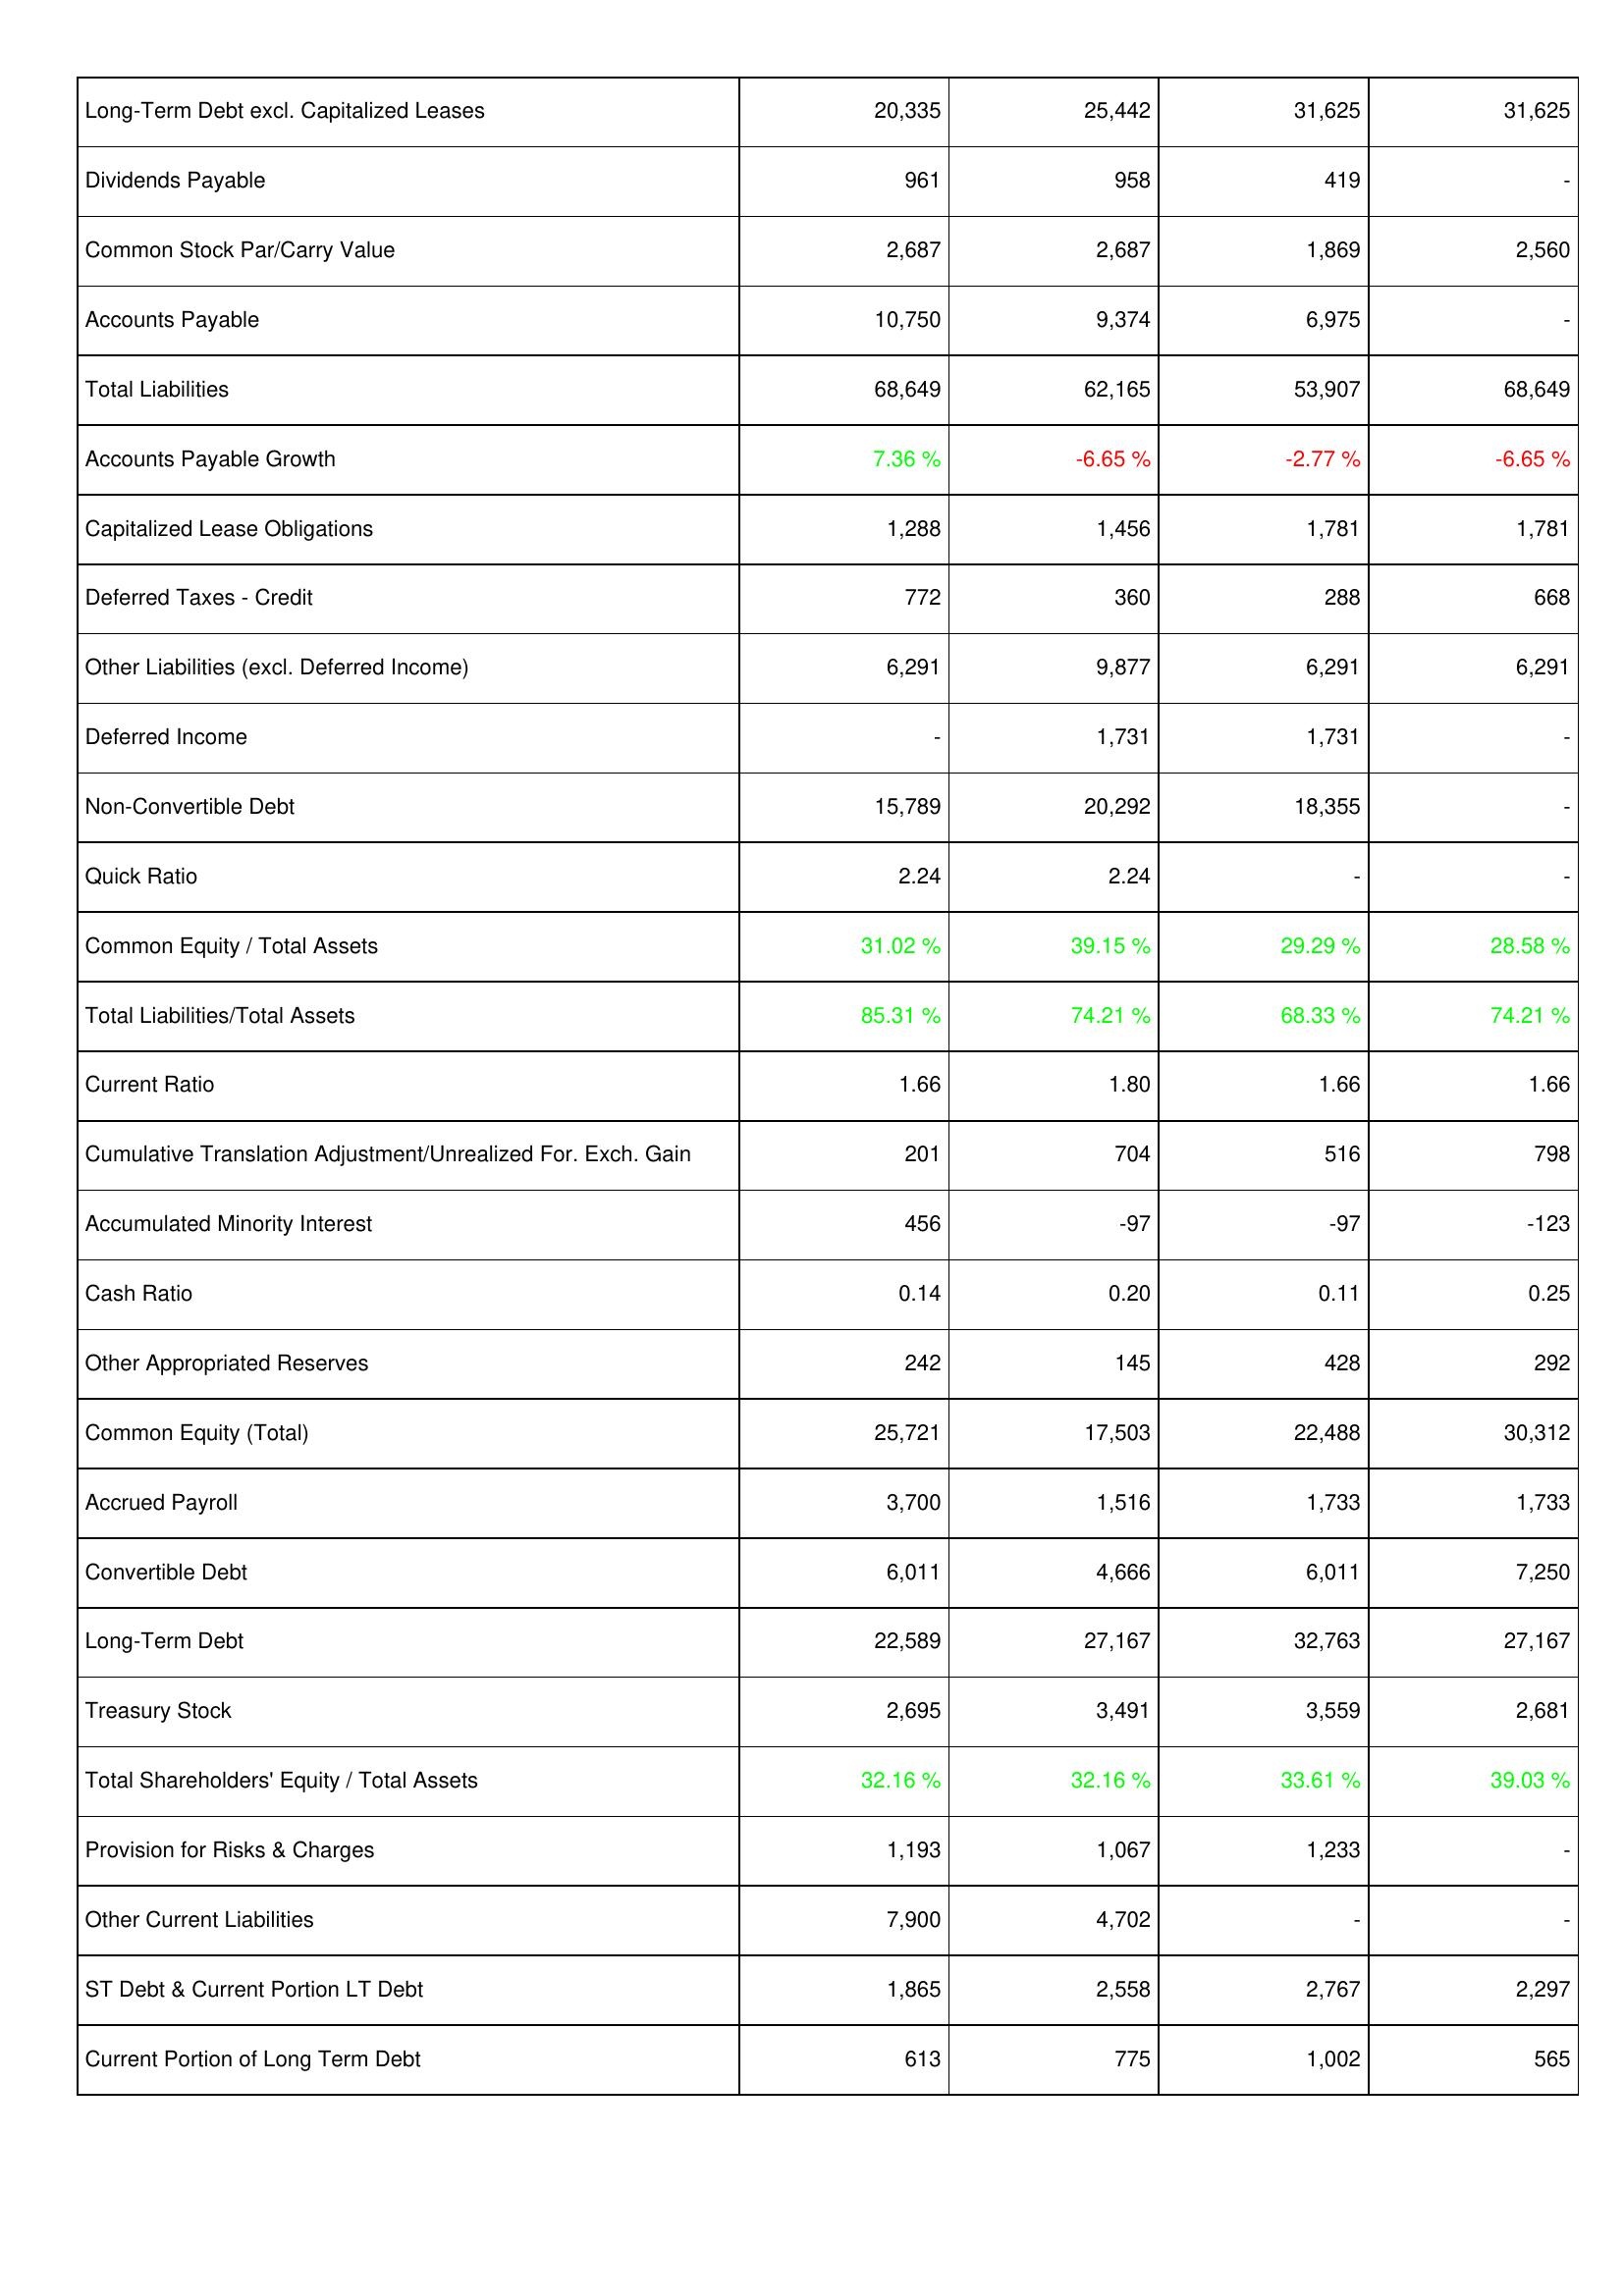
2021: Liabilities & Shareholders' Equity: Long-Term Debt excl. Capitalized Leases: 20,335
Dividends Payable: 961
Common Stock Par/Carry Value: 2,687
Accounts Payable: 10,750
Total Liabilities: 68,649
Accounts Payable Growth: 7.36 %
Capitalized Lease Obligations: 1,288
Deferred Taxes - Credit: 772
Other Liabilities (excl. Deferred Income): 6,291
Deferred Income: -
Non-Convertible Debt: 15,789
Quick Ratio: 2.24
Common Equity / Total Assets: 31.02 %
Total Liabilities/Total Assets: 85.31 %
Current Ratio: 1.66
Cumulative Translation Adjustment/Unrealized For. Exch. Gain: 201
Accumulated Minority Interest: 456
Cash Ratio: 0.14
Other Appropriated Reserves: 242
Common Equity (Total): 25,721
Accrued Payroll: 3,700
Convertible Debt: 6,011
Long-Term Debt: 22,589
Treasury Stock: 2,695
Total Shareholders' Equity / Total Assets: 32.16 %
Provision for Risks & Charges: 1,193
Other Current Liabilities: 7,900
ST Debt & Current Portion LT Debt: 1,865
Current Portion of Long Term Debt: 613
2022: Liabilities & Shareholders' Equity: Long-Term Debt excl. Capitalized Leases: 25,442
Dividends Payable: 958
Common Stock Par/Carry Value: 2,687
Accounts Payable: 9,374
Total Liabilities: 62,165
Accounts Payable Growth: -6.65 %
Capitalized Lease Obligations: 1,456
Deferred Taxes - Credit: 360
Other Liabilities (excl. Deferred Income): 9,877
Deferred Income: 1,731
Non-Convertible Debt: 20,292
Quick Ratio: 2.24
Common Equity / Total Assets: 39.15 %
Total Liabilities/Total Assets: 74.21 %
Current Ratio: 1.80
Cumulative Translation Adjustment/Unrealized For. Exch. Gain: 704
Accumulated Minority Interest: -97
Cash Ratio: 0.20
Other Appropriated Reserves: 145
Common Equity (Total): 17,503
Accrued Payroll: 1,516
Convertible Debt: 4,666
Long-Term Debt: 27,167
Treasury Stock: 3,491
Total Shareholders' Equity / Total Assets: 32.16 %
Provision for Risks & Charges: 1,067
Other Current Liabilities: 4,702
ST Debt & Current Portion LT Debt: 2,558
Current Portion of Long Term Debt: 775
2023: Liabilities & Shareholders' Equity: Long-Term Debt excl. Capitalized Leases: 31,625
Dividends Payable: 419
Common Stock Par/Carry Value: 1,869
Accounts Payable: 6,975
Total Liabilities: 53,907
Accounts Payable Growth: -2.77 %
Capitalized Lease Obligations: 1,781
Deferred Taxes - Credit: 288
Other Liabilities (excl. Deferred Income): 6,291
Deferred Income: 1,731
Non-Convertible Debt: 18,355
Quick Ratio: -
Common Equity / Total Assets: 29.29 %
Total Liabilities/Total Assets: 68.33 %
Current Ratio: 1.66
Cumulative Translation Adjustment/Unrealized For. Exch. Gain: 516
Accumulated Minority Interest: -97
Cash Ratio: 0.11
Other Appropriated Reserves: 428
Common Equity (Total): 22,488
Accrued Payroll: 1,733
Convertible Debt: 6,011
Long-Term Debt: 32,763
Treasury Stock: 3,559
Total Shareholders' Equity / Total Assets: 33.61 %
Provision for Risks & Charges: 1,233
Other Current Liabilities: -
ST Debt & Current Portion LT Debt: 2,767
Current Portion of Long Term Debt: 1,002
2024: Liabilities & Shareholders' Equity: Long-Term Debt excl. Capitalized Leases: 31,625
Dividends Payable: -
Common Stock Par/Carry Value: 2,560
Accounts Payable: -
Total Liabilities: 68,649
Accounts Payable Growth: -6.65 %
Capitalized Lease Obligations: 1,781
Deferred Taxes - Credit: 668
Other Liabilities (excl. Deferred Income): 6,291
Deferred Income: -
Non-Convertible Debt: -
Quick Ratio: -
Common Equity / Total Assets: 28.58 %
Total Liabilities/Total Assets: 74.21 %
Current Ratio: 1.66
Cumulative Translation Adjustment/Unrealized For. Exch. Gain: 798
Accumulated Minority Interest: -123
Cash Ratio: 0.25
Other Appropriated Reserves: 292
Common Equity (Total): 30,312
Accrued Payroll: 1,733
Convertible Debt: 7,250
Long-Term Debt: 27,167
Treasury Stock: 2,681
Total Shareholders' Equity / Total Assets: 39.03 %
Provision for Risks & Charges: -
Other Current Liabilities: -
ST Debt & Current Portion LT Debt: 2,297
Current Portion of Long Term Debt: 565